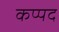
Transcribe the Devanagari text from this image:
कप्पद